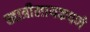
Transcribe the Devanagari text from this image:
खात्रीलायकपणे